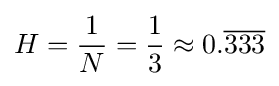
H={\dfrac {1}{N}}={\frac {1}{3}}\approx 0.{\overline {333}}